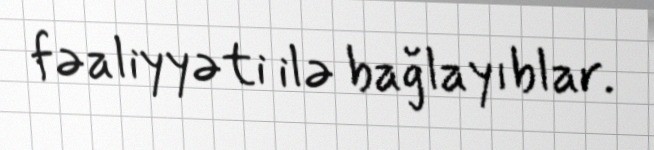
fəaliyyəti ilə bağlayıblar.